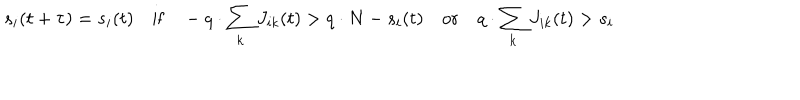
LaTeX: s _ { i } ( t + \tau ) = s _ { i } ( t ) \quad \mathrm { i f } \quad - q \cdot \sum _ { k } J _ { i k } ( t ) > q \cdot N - s _ { i } ( t ) \quad \mathrm { o r } \quad q \cdot \sum _ { k } J _ { i k } ( t ) > s _ { i }